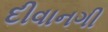
દીવાનગી